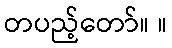
တပည့်တော်။ ။